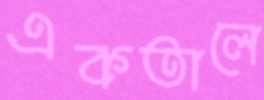
একতালে